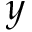
y